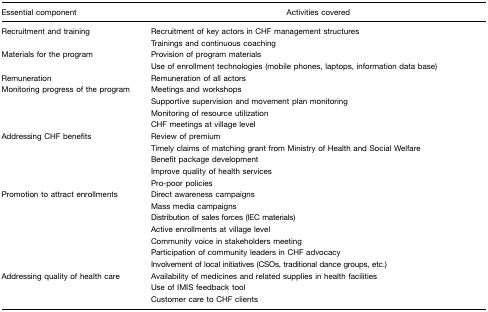
<table><thead><tr><td><b>Essential component</b></td><td><b>Activities covered</b></td></tr></thead><tbody><tr><td>Recruitment and training</td><td>Recruitment of key actors in CHF management structures</td></tr><tr><td></td><td>Trainings and continuous coaching</td></tr><tr><td>Materials for the program</td><td>Provision of program materials</td></tr><tr><td></td><td>Use of enrollment technologies (mobile phones, laptops, information data base)</td></tr><tr><td>Remuneration</td><td>Remuneration of all actors</td></tr><tr><td>Monitoring progress of the program</td><td>Meetings and workshops</td></tr><tr><td></td><td>Supportive supervision and movement plan monitoring</td></tr><tr><td></td><td>Monitoring of resource utilization</td></tr><tr><td></td><td>CHF meetings at village level</td></tr><tr><td>Addressing CHF benefits</td><td>Review of premium</td></tr><tr><td></td><td>Timely claims of matching grant from Ministry of Health and Social Welfare</td></tr><tr><td></td><td>Benefit package development</td></tr><tr><td></td><td>Improve quality of health services</td></tr><tr><td></td><td>Pro-poor policies</td></tr><tr><td>Promotion to attract enrollments</td><td>Direct awareness campaigns</td></tr><tr><td></td><td>Mass media campaigns</td></tr><tr><td></td><td>Distribution of sales forces (IEC materials)</td></tr><tr><td></td><td>Active enrollments at village level</td></tr><tr><td></td><td>Community voice in stakeholders meeting</td></tr><tr><td></td><td>Participation of community leaders in CHF advocacy</td></tr><tr><td></td><td>Involvement of local initiatives (CSOs, traditional dance groups, etc.)</td></tr><tr><td>Addressing quality of health care</td><td>Availability of medicines and related supplies in health facilities</td></tr><tr><td></td><td>Use of IMIS feedback tool</td></tr><tr><td></td><td>Customer care to CHF clients</td></tr></tbody></table>